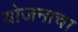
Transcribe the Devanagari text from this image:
योजनाचा